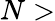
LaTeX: N>